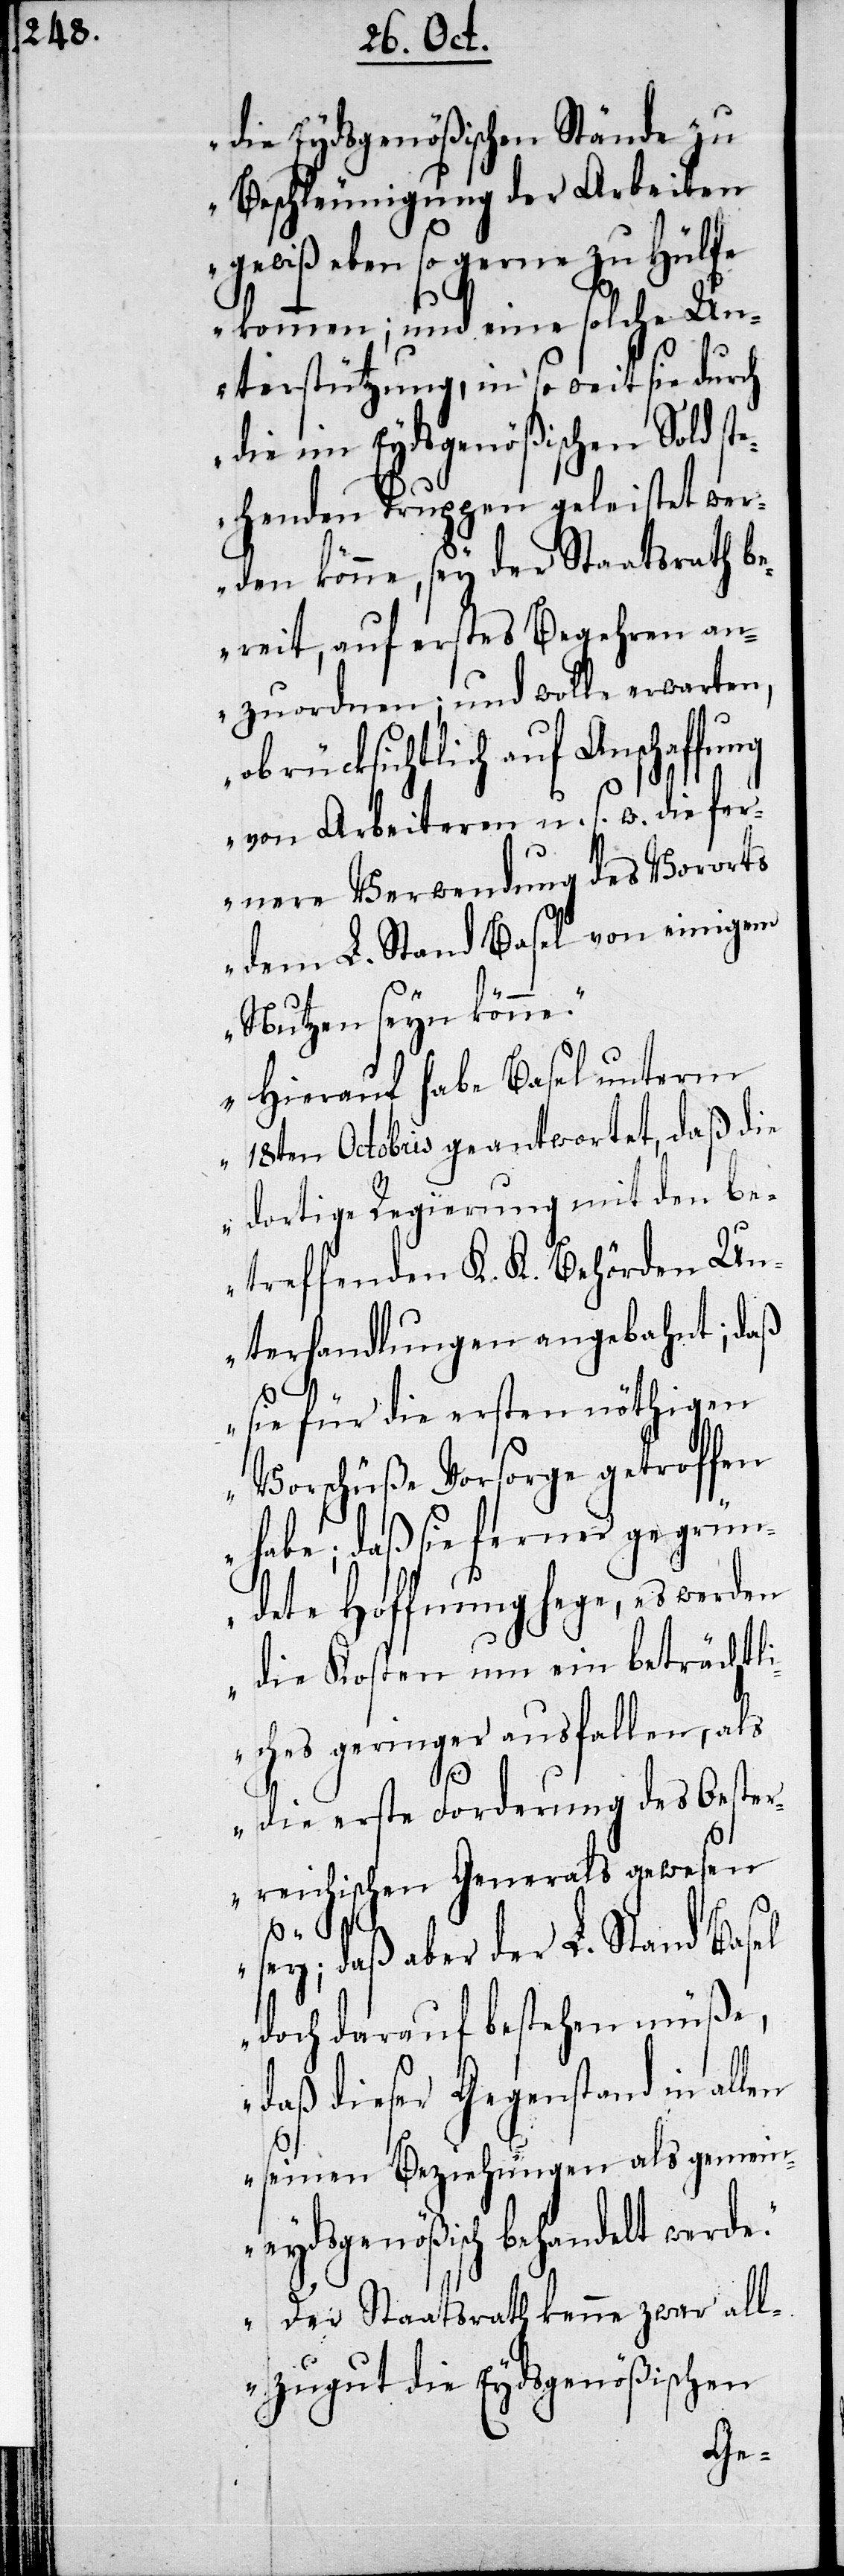
die Eydsgenößischen Stände zu
Beschleunigung der Arbeiten
gewiß eben so gerne zu Hülfe
kommen; und eine solche Un¬
terstützung, in so weit sie durch
die im Eydsgenößischen Sold st¬
ehenden Truppen geleistet wer¬
den könne, sey der Staatsrath be¬
reit, auf erstes Begehren an¬
zuordnen; und wolle erwarten,
ob rücksichtlich auf Anschaffu¬
von Arbeiteren u.s.w. die fer¬
nere Verwendung des Vororts
dem L. Stand Basel von einigem
Nutzen seyn könne.
Hierauf habe Basel unterm
18ten Octobris geantwortet, daß die
dortige Regierung mit den be¬
treffenden K. K. Behörden Un¬
terhandlungen angebahnt; daß
ng
sie für die ersten nöthigen
Vorschüße Vorsorge getroffen
habe; daß sie ferner gegrü¬
ndete Hoffnung hege, es werden
die Kosten um ein beträchtli¬
ches geringer ausfallen, als
die erste Forderung des Oester¬
reichischen Generals gewesen
sey; daß aber der L. Stand Basel
doch darauf bestehen müße,
daß dieser Gegenstand in allen
seinen Bezeichnungen als gemein¬
eydsgenößisch behandelt werde.
Der Staatsrath kenne zwar all¬
zugut die Eydsgenößischen